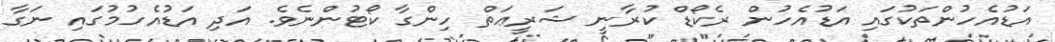
އަޑުއެހުންތަކުގައި އަޑުއެހުން ރެކޯޑް ކުރާނީ ޝަރީޢަތް ހިންގާ ކޯޓުންނެވެ. އަދި އަޑުއެހުމުގައި ނަގާ